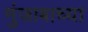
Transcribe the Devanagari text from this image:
मुंजाबाच्या